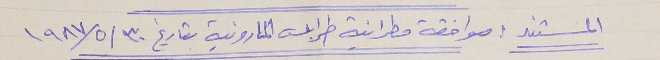
المستند : موافقة مطرانية طرابلس المارونية بتاريخ ١٩٨٧/٥/٣٠